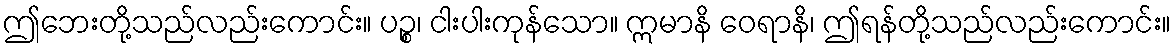
ဤဘေးတို့သည်လည်းကောင်း။ ပဉ္စ၊ ငါးပါးကုန်သော။ ဣမာနိ ဝေရာနိ၊ ဤရန်တို့သည်လည်းကောင်း။